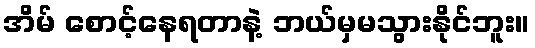
အိမ် စောင့်နေရတာနဲ့ ဘယ်မှမသွားနိုင်ဘူး။